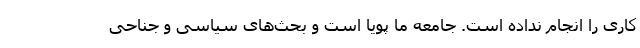
کاری را انجام نداده است. جامعه ما پویا است و بحث‌های سیاسی و جناحی